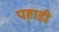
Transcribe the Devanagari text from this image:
पह़ाडी